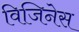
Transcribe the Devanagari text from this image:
विजिनेस